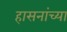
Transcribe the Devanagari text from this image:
हासनांच्या